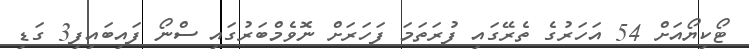
ޓޯކިޔޯއަށް 54 އަހަރުގެ ތެރޭގައި ފުރަތަމަ ފަހަރަށް ނޮވެމްބަރުގައި ސްނޯ ފައިބައިފި3 ގަޑި